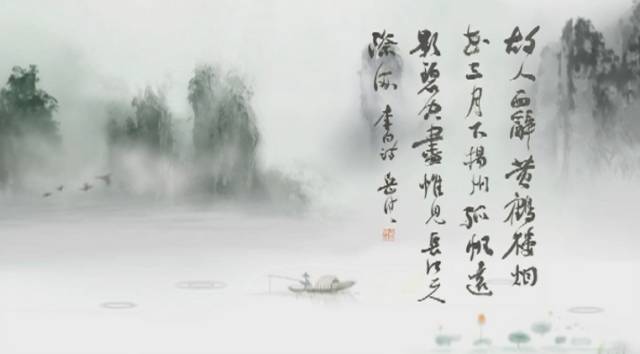
伤心故人去后，冷落新诗。